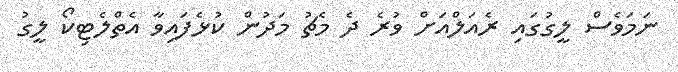
ނަމަވެސް ލީގުގައި ރެއަލްއަށް ވުރެ ދެ މެޗު މަދުން ކުޅެފައިވާ އެތްލެޓިކޯ ލީގު